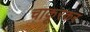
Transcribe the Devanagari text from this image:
चाकूरकर